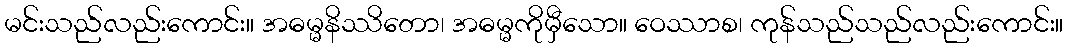
မင်းသည်လည်းကောင်း။ အဓမ္မနိဿိတော၊ အဓမ္မကိုမှီသော။ ဝေဿာစ၊ ကုန်သည်သည်လည်းကောင်း။